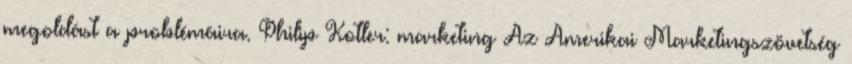
megoldást a problémáira. Philip Kotler: marketing Az Amerikai Marketingszövetség